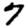
Digit: 7